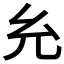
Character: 𰏯